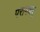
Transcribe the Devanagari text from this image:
परामशर्